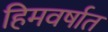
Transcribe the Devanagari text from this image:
हिमवर्षात